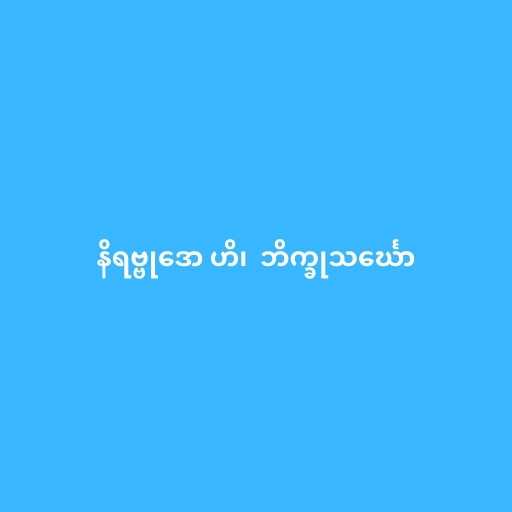
နိရဗ္ဗုဒော ဟိ၊  ဘိက္ခုသင်္ဃော